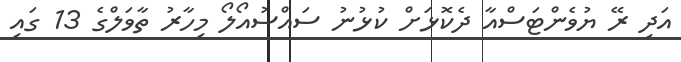
އަދި ރޭ ޔުވެންޓަސްއާ ދެކޮޅަށް ކުޅުނު ސައްސުއޯލޯ މިހާރު ތާވަލްގެ 13 ގައި